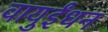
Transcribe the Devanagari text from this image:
वायुईंधन